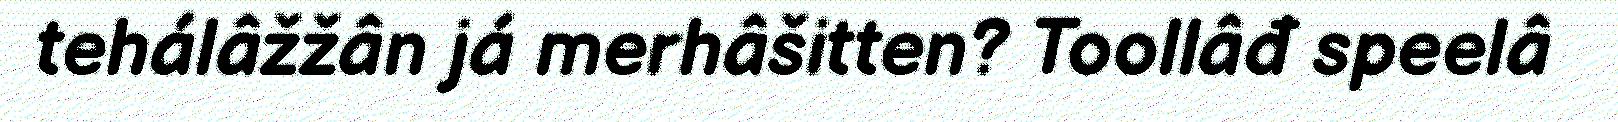
tehálâžžân já merhâšitten? Toollâđ speelâ